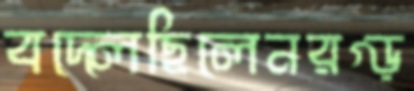
বদ্‌লেছিলেনরগ্‌ড়